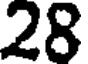
28